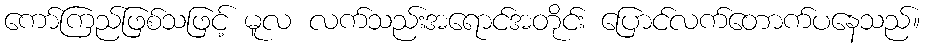
ကော်ကြည်ဖြစ်သဖြင့် မူလ လက်သည်းအရောင်အတိုင်း ပြောင်လက်တောက်ပနေသည်။